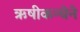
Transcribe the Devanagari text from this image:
ऋषीकन्येने